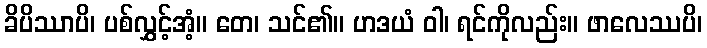
ခိပိဿာပိ၊ ပစ်လွှင့်အံ့။ တေ၊ သင်၏။ ဟဒယံ ဝါ၊ ရင်ကိုလည်း။ ဖာလေဿပိ၊